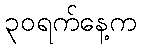
၃၀ရက်နေ့က